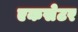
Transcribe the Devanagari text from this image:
एकसेटर